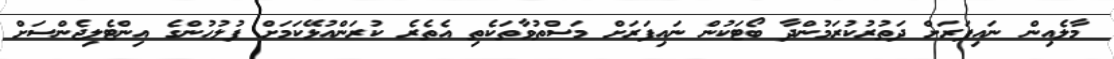
މާލެއިން ނައިފަރަށް ދަތުރުކުރަމުންދާ ބޯޓަކުން ނައިފަރަށް މަސްތުވާތަކެތި އެތެރެ ކުރަންއުޅޭކަމަށް ފުލުހުންގެ އިންޓެލިޖެންސަށް